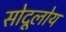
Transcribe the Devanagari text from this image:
सोदूलोय